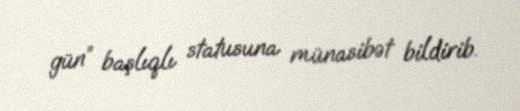
gün” başlıqlı statusuna münasibət bildirib.